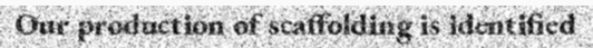
Our production of scaffolding is identified